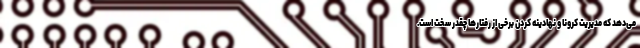
می‌دهد که مدیریت کرونا و نهادینه کردن برخی از رفتارها چقدر سخت است.